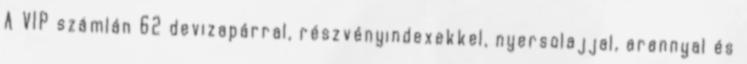
A VIP számlán 62 devizapárral, részvényindexekkel, nyersolajjal, arannyal és